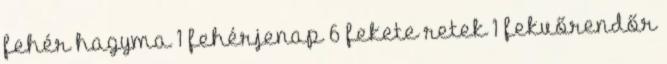
fehér hagyma 1 fehérjenap 6 fekete retek 1 fekvőrendőr